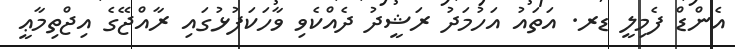
އެންޑް ފެމިލީ ޑރ. އަތައު އަހުމަދު ރަޝީދު ދެއްކެވި ވާހަކަފުޅުގައި ރާއްޖޭގެ އިޖްތިމާޢީ